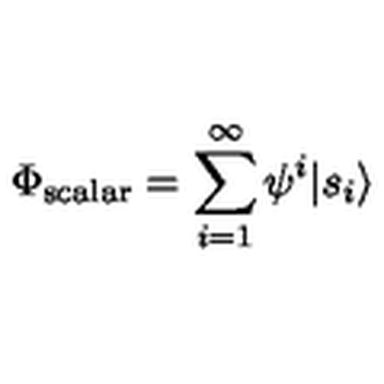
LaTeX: \Phi _ { \mathrm { s c a l a r } } = \sum _ { i = 1 } ^ { \infty } \psi ^ { i } | s _ { i } \rangle